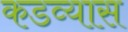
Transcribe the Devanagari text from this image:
कडव्यास